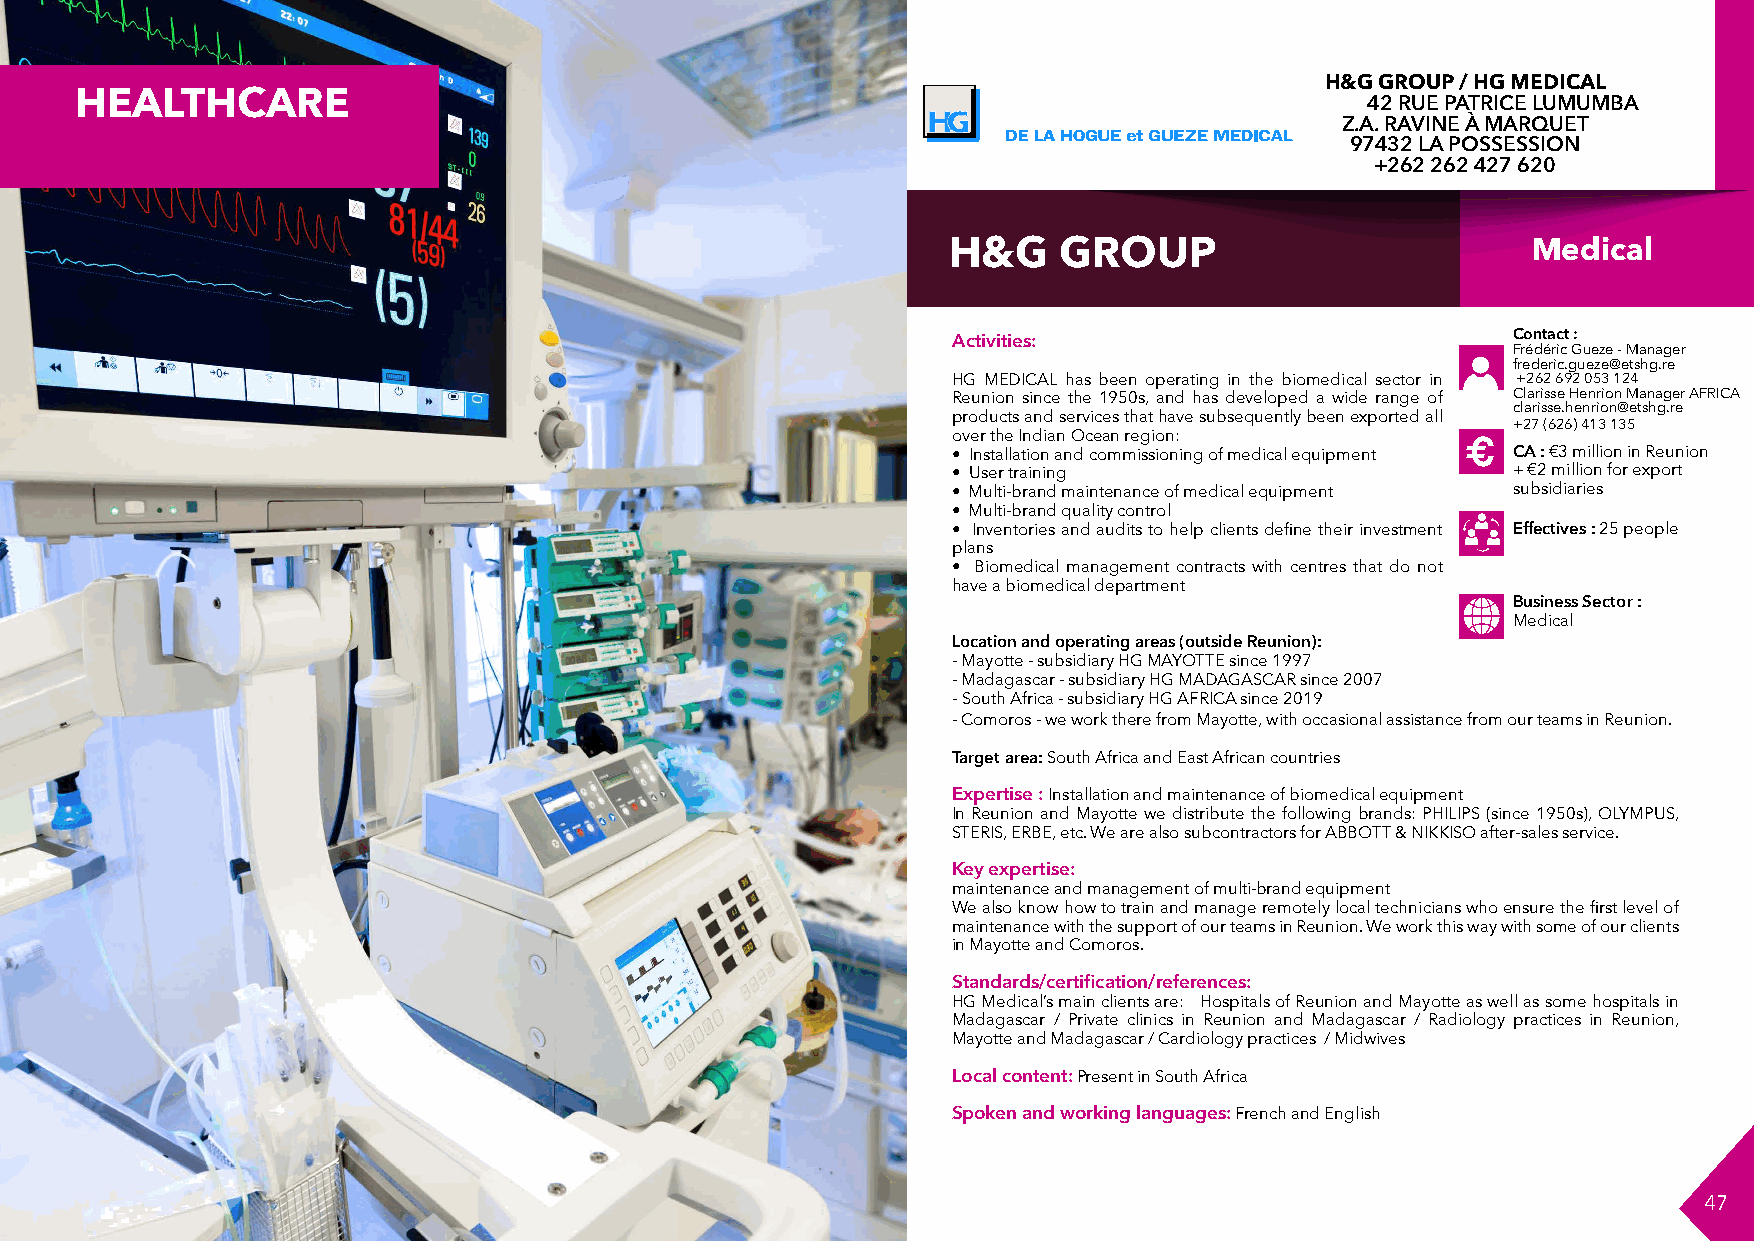
H&G GROUP / HG MEDICAL
 HEALTHCARE                                                                            42 RUE PATRICE LUMUMBA
 Z.A. RAVINE À MARQUET
 FORMATION
 97432 LA POSSESSION
 +262 262 427 620
 H&G    GROUP                          Medical
 Activities:                          Contact :
 Frédéric Gueze - Manager
 frederic.gueze@etshg.re
 SANTE                                          HG MEDICAL has been operating in the biomedical sector in +262 692 053 124
 Reunion since the 1950s, and has developed a wide range of Clarisse Henrion Manager AFRICA
 clarisse.henrion@etshg.re
 products and services that have subsequently been exported all
 +27 (626) 413 135
 over the Indian Ocean region:
 €                       • Installation and commissioning of medical equipment € CA : €3 million in Reunion
 • User training                      + €2 million for export
 • Multi-brand maintenance of medical equipment subsidiaries
 • Multi-brand quality control
 • Inventories and audits to help clients define their investment Effectives : 25 people
 plans
 • Biomedical management contracts with centres that do not
 have a biomedical department
 Business Sector :
 Medical
 Location and operating areas (outside Reunion):
 - Mayotte - subsidiary HG MAYOTTE since 1997
 - Madagascar - subsidiary HG MADAGASCAR since 2007
 - South Africa - subsidiary HG AFRICA since 2019
 - Comoros - we work there from Mayotte, with occasional assistance from our teams in Reunion.
 Target area: South Africa and East African countries
 Expertise : Installation and maintenance of biomedical equipment
 In Reunion and Mayotte we distribute the following brands: PHILIPS (since 1950s), OLYMPUS,
 STERIS, ERBE, etc. We are also subcontractors for ABBOTT & NIKKISO after-sales service.
 Key expertise:
 maintenance and management of multi-brand equipment
 We also know how to train and manage remotely local technicians who ensure the first level of
 maintenance with the support of our teams in Reunion. We work this way with some of our clients
 in Mayotte and Comoros.
 Standards/certification/references:
 HG Medical’s main clients are: Hospitals of Reunion and Mayotte as well as some hospitals in
 Madagascar / Private clinics in Reunion and Madagascar / Radiology practices in Reunion,
 Mayotte and Madagascar / Cardiology practices / Midwives
 Local content: Present in South Africa
 Spoken and working languages: French and English
 46                                                                                                              47